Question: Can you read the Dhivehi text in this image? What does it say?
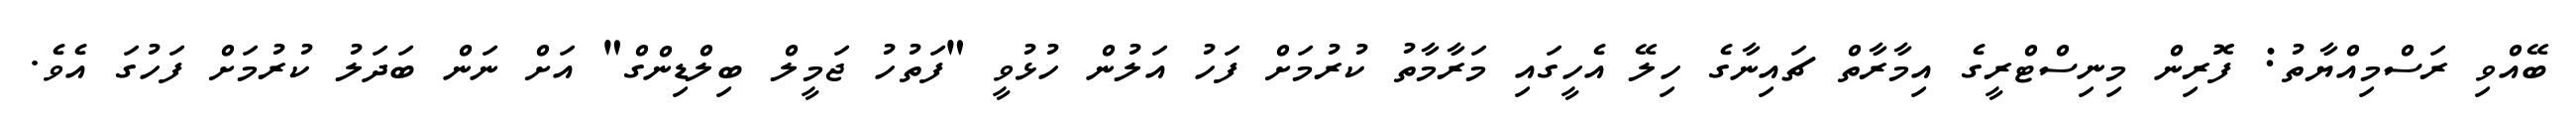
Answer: ބޭއްވި ރަސްމިއްޔާތު: ފޮރިން މިނިސްޓްރީގެ އިމާރާތް ޗައިނާގެ ހިލޭ އެހީގައި މަރާމާތު ކުރުމަށް ފަހު އަލުން ހުޅުވީ "ފަތުހު ޖަމީލް ބިލްޑިންގް" އަށް ނަން ބަދަލު ކުރުމަށް ފަހުގަ އެވެ.